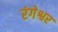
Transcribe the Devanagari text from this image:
रंगेश्वर